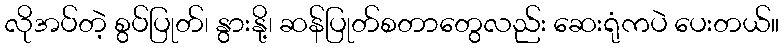
လိုအပ်တဲ့ စွပ်ပြုတ်၊ နွားနို့၊ ဆန်ပြုတ်စတာတွေလည်း ဆေးရုံကပဲ ပေးတယ်။